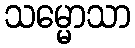
သမ္မောသာ